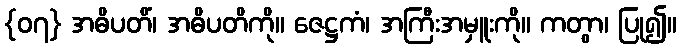
{၀၇} အဓိပတိံ၊ အဓိပတိကို။ ဇေဋ္ဌကံ၊ အကြီးအမှူးကို။ ကတွာ၊ ပြု၍။